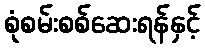
စုံစမ်းစစ်ဆေးရန်နှင့်